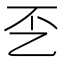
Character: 𰀲